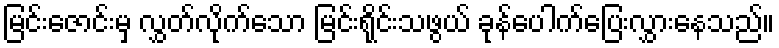
မြင်းဇောင်းမှ လွှတ်လိုက်သော မြင်းရိုင်းသဖွယ် ခုန်ပေါက်ပြေးလွှားနေသည်။